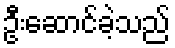
ဦးဆောင်ခဲ့သည်